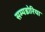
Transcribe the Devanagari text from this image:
सम्पडोरिया